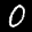
Label: 0